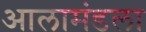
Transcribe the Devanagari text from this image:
आलामंडला